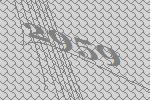
2959